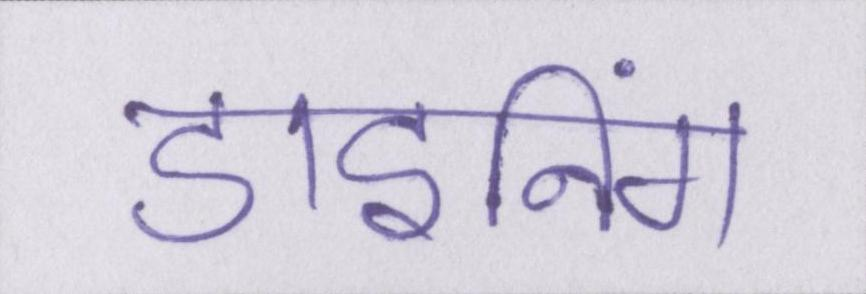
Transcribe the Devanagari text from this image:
डाइनिंग